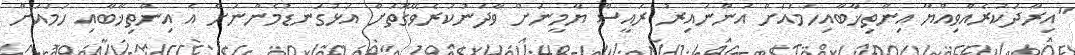
"އިރާދަކުރެއްވިއްޔާ އިންތިޚާބާއިހަމައަށް އަންނައިރު ރައީސް ޔާމީނަށް ވާދަނުކުރެވޭގޮތަށް އަޅުގަނޑުމެންނަށް އެ އިންތިޚާބާއި ހަމައަށް